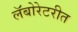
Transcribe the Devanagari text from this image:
लॅबोरेटरीत